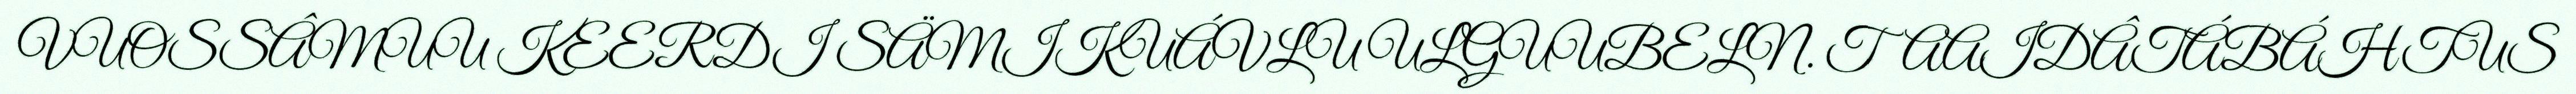
VUOSSÂMUU KEERDI SÄMIKUÁVLU ULGUUBELN. TAAIDÂTÁBÁHTUS